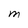
Character: M